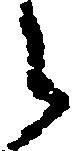
々